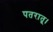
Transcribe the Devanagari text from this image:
पतरातू।